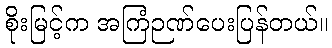
စိုးမြင့်က အကြံဉဏ်ပေးပြန်တယ်။